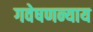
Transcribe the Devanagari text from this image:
गवेषणन्याय